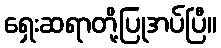
ရှေးဆရာတို့ပြုအပ်ပြီ။